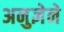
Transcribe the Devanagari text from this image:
अनुज्ञेने